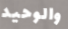
والوحيد